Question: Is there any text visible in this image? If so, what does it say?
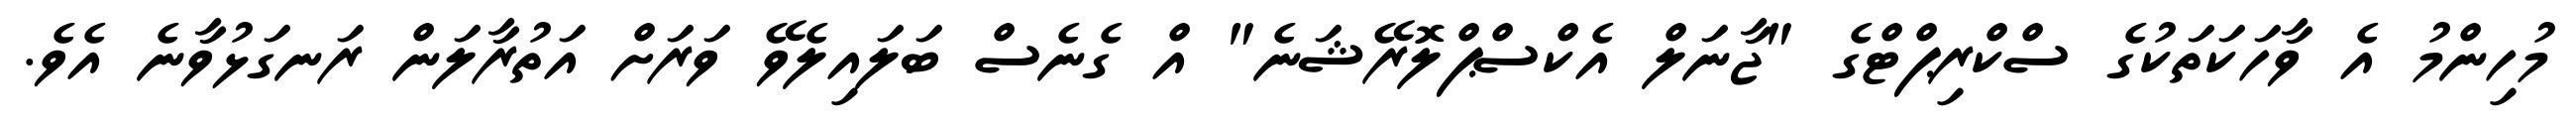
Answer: މުހިންމު އެ ވާހަކަތަކުގެ ސްކްރިޕްޓްގެ "ޖާނަލް އެކްސްޕްލޮރޭޝަނެ" އް ގެނެސް ބަލައިލެވޭ ވަރަށް އަތުރާލަން ރަނގަޅުވާނެ އެވެ.